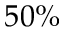
5 0 \%